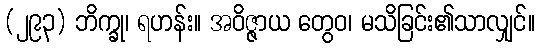
(၂၉၃) ဘိက္ခု၊ ရဟန်း။ အဝိဇ္ဇာယ တွေဝ၊ မသိခြင်း၏သာလျှင်။